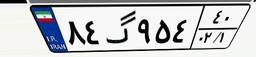
۰۴گ۵۰۸۰۹